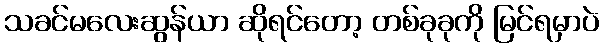
သခင်မလေးဆွန်ယာ ဆိုရင်တော့ တစ်ခုခုကို မြင်ရမှာပဲ